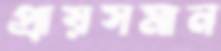
প্রায়সমান